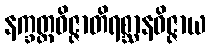
နက္ခတ္တဝိဇ္ဇာတိရစ္ဆာနဝိဇ္ဇာယ